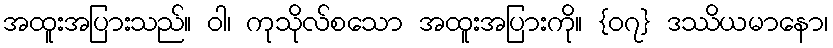
အထူးအပြားသည်။ ဝါ၊ ကုသိုလ်စသော အထူးအပြားကို။ {၀၇} ဒဿိယမာနော၊